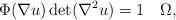
LaTeX: \begin{align*} \Phi (\nabla u) \det(\nabla^2u)=1\quad\Omega,\end{align*}